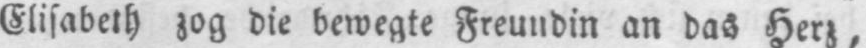
Elisabeth zog die bewegte Freundin an das Herz,